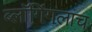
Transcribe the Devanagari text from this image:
ब्लॉगिंगलाच